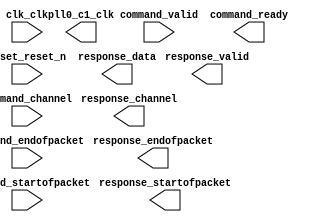

module adc_qsys (
	clk_clk,
	command_valid,
	command_channel,
	command_startofpacket,
	command_endofpacket,
	command_ready,
	pll0_c1_clk,
	reset_reset_n,
	response_valid,
	response_channel,
	response_data,
	response_startofpacket,
	response_endofpacket);	

	input		clk_clk;
	input		command_valid;
	input	[4:0]	command_channel;
	input		command_startofpacket;
	input		command_endofpacket;
	output		command_ready;
	output		pll0_c1_clk;
	input		reset_reset_n;
	output		response_valid;
	output	[4:0]	response_channel;
	output	[11:0]	response_data;
	output		response_startofpacket;
	output		response_endofpacket;
endmodule